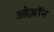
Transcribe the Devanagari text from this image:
ओज़ॉन